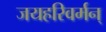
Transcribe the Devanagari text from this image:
जयहरिवर्मन्